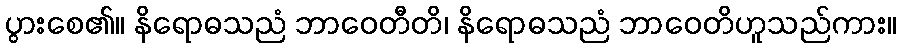
ပွားစေ၏။ နိရောဓသညံ ဘာဝေတီတိ၊ နိရောဓသညံ ဘာဝေတိဟူသည်ကား။